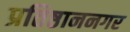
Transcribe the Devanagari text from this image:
प्रतिष्ठाननगर